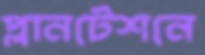
প্লানটেশনে